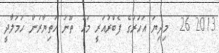
2013 26  މިދިޔަ އަހަރުގެ ފެބްރުއަރީ މަހު ތޫނު ހަތިޔާރުން ހަމަލާދީ